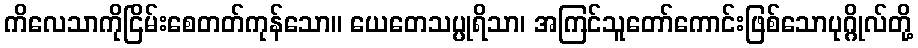
ကိလေသာကိုငြိမ်းစေတတ်ကုန်သော။ ယေတေသပ္ပုရိသာ၊ အကြင်သူတော်ကောင်းဖြစ်သောပုဂ္ဂိုလ်တို့